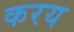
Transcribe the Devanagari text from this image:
करय